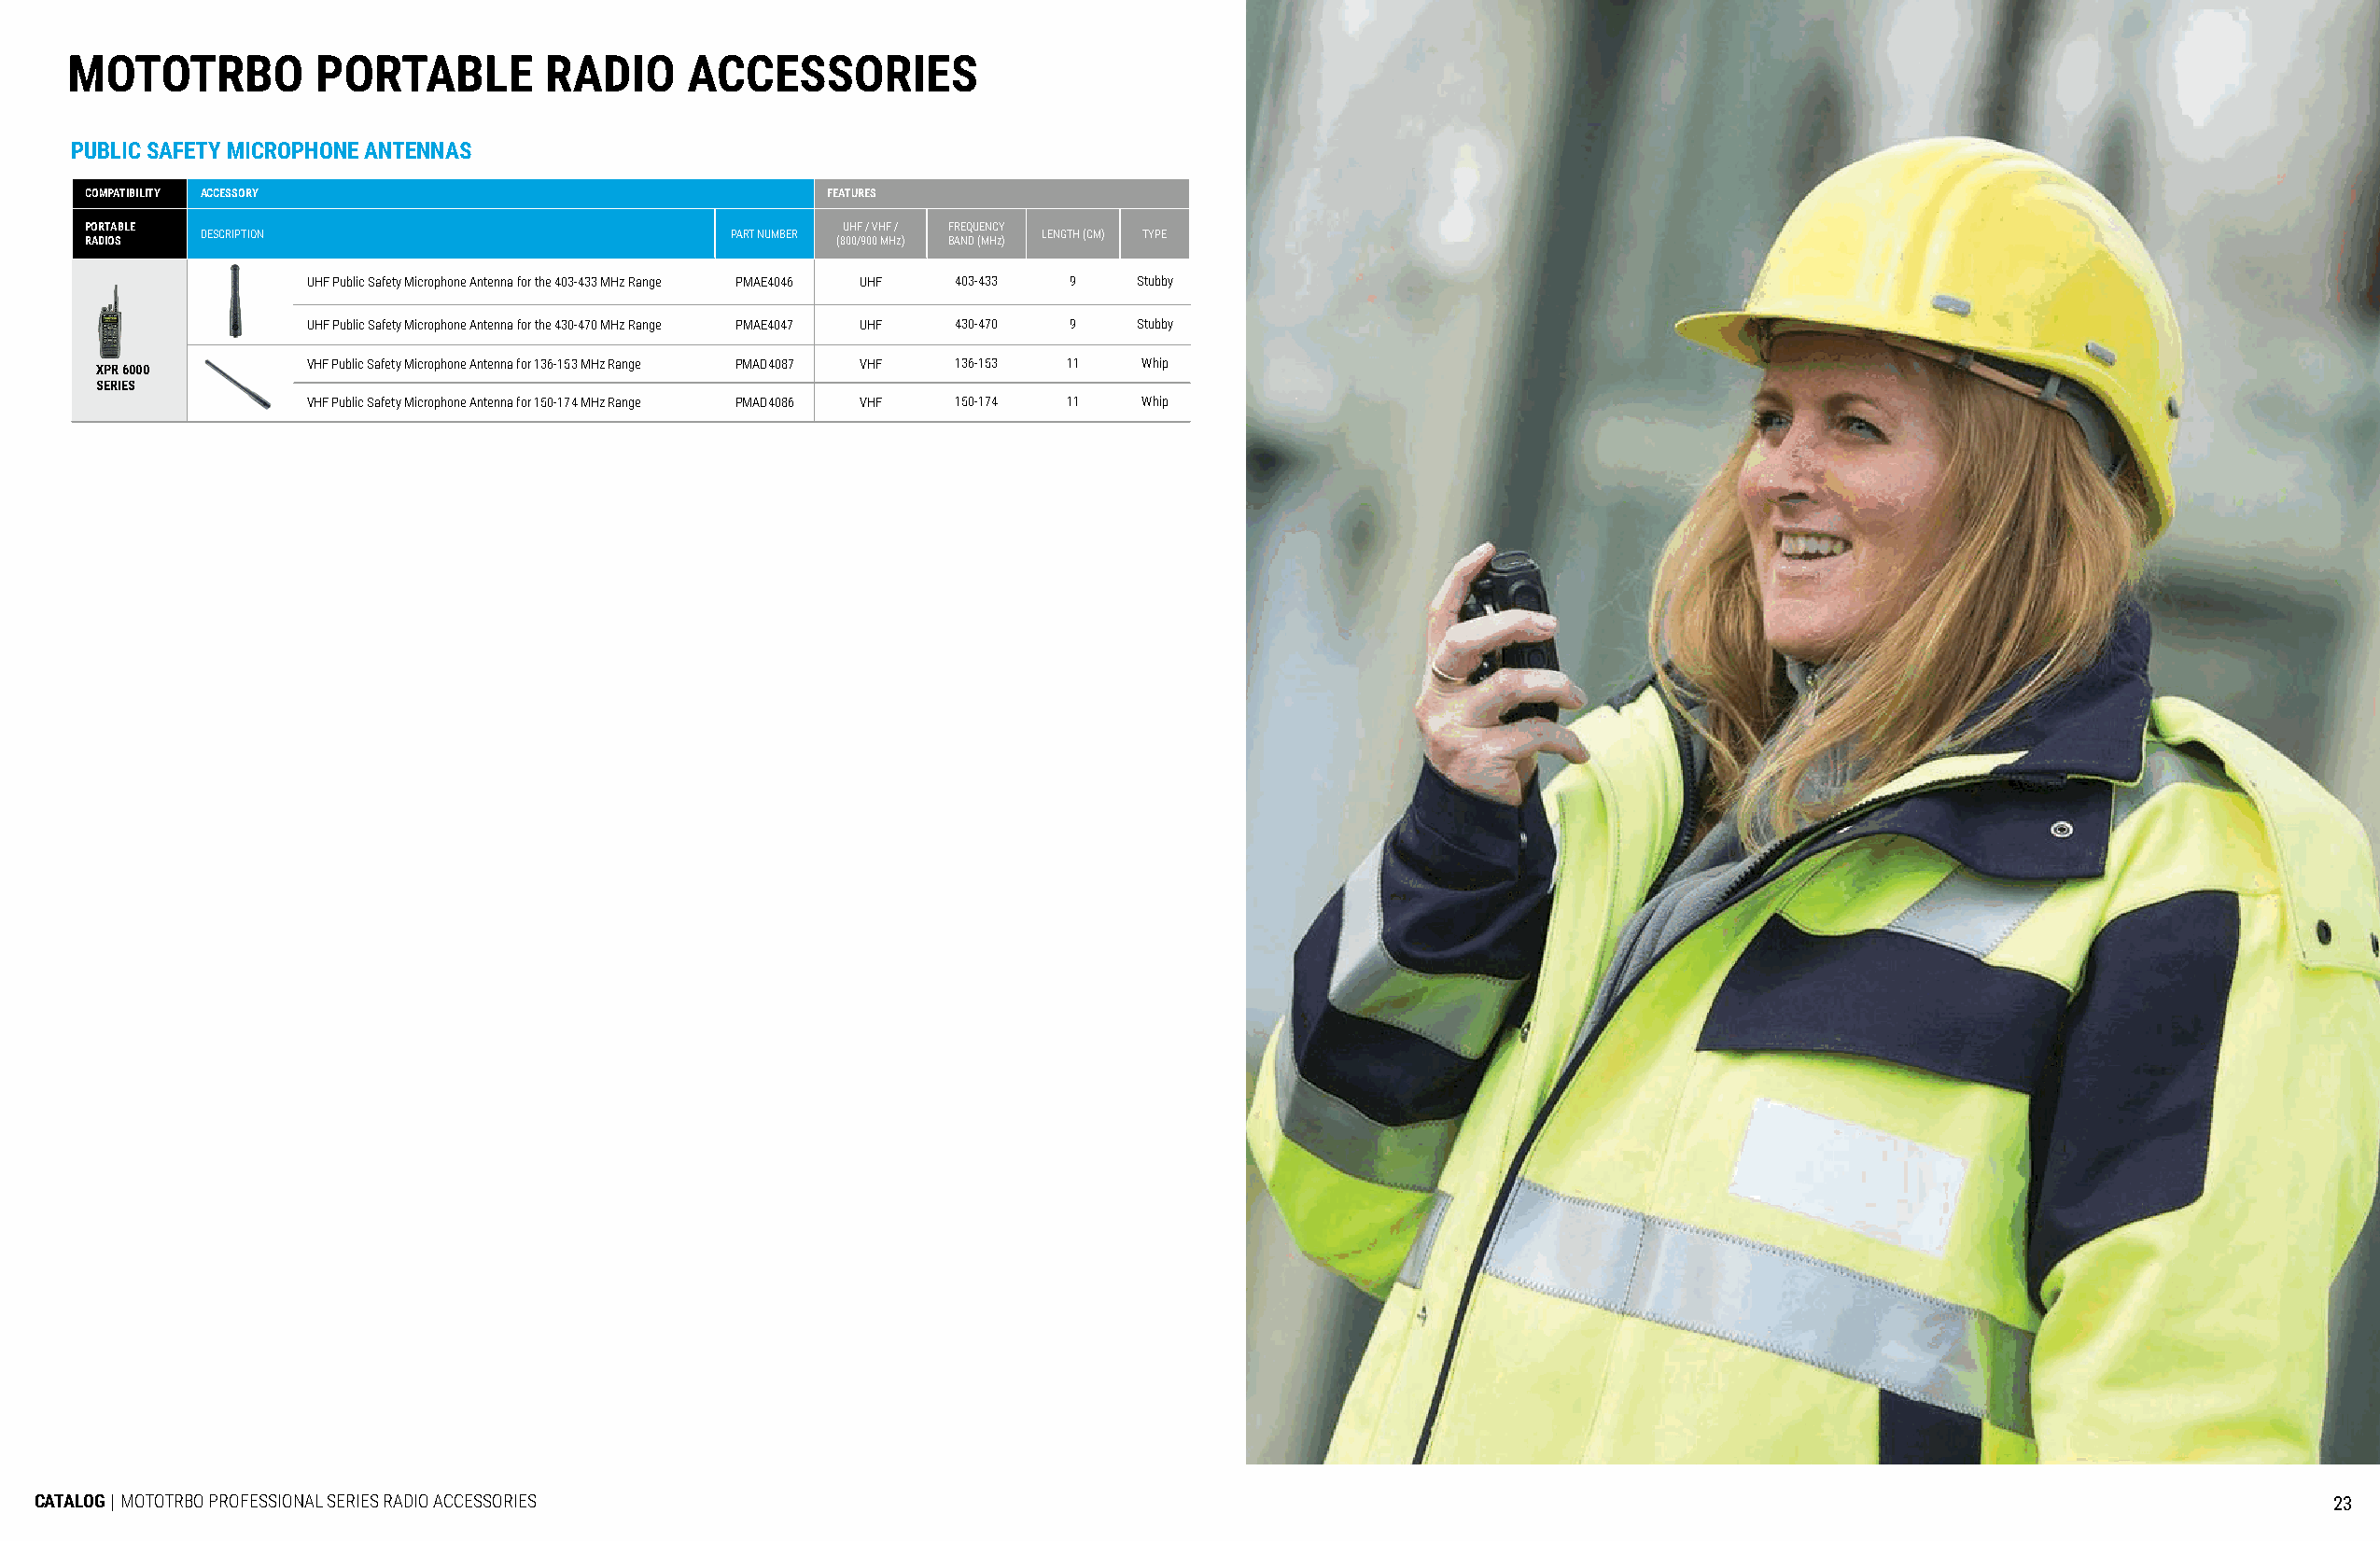
MOTOTRBO         PORTABLE         RADIO     ACCESSORIES
 PUBLIC SAFETY MICROPHONE ANTENNAS
 COMPATIBILITY ACCESSORY                              FEATURES
 PORTABLE                                              UHF / VHF / FREQUENCY
 DESCRIPTION                           PART NUMBER           LENGTH (CM) TYPE
 RADIOS                                               (800/900 MHz) BAND (MHz)
 UHF Public Safety Microphone Antenna for the 403-433 MHz Range PMAE4046 UHF 403-433 9 Stubby
 UHF Public Safety Microphone Antenna for the 430-470 MHz Range PMAE4047 UHF 430-470 9 Stubby
 XPR 6000       VHF Public Safety Microphone Antenna for 136-153 MHz Range PMAD4087 VHF 136-153 11 Whip
 SERIES
 VHF Public Safety Microphone Antenna for 150-174 MHz Range PMAD4086 VHF 150-174 11 Whip
 CATALOG | MOTOTRBO PROFESSIONAL SERIES RADIO ACCESSORIES                                                                                                            23